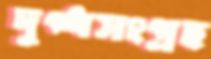
দুগ্ধসংগ্রহ